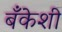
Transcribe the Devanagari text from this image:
बँकेशी